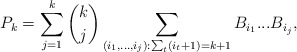
\begin{align*}P_k=\sum_{j=1}^k \binom{k}{j}\sum_{(i_1,...,i_j):\sum_t (i_t+1)=k+1}B_{i_1}...B_{i_j},\end{align*}